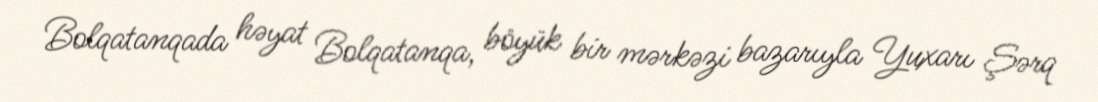
Bolqatanqada həyat Bolqatanqa, böyük bir mərkəzi bazarıyla Yuxarı Şərq